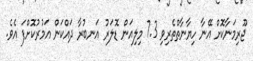
ޖޫރިމަނާކޮށް އޭނާ ހިޔާނާތްތެރިވި 7.3 މިލިއަން ޑޮލަރު އަނބުރާ ދައްކަން އަމުރުކޮށްފަ އެވެ.